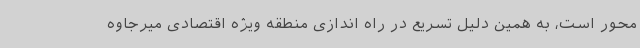
محور است، به همین دلیل تسریع در راه اندازی منطقه ویژه اقتصادی میرجاوه